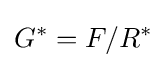
G^{\ast }=F/R^{\ast }